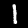
Label: 1